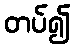
တပ်၍